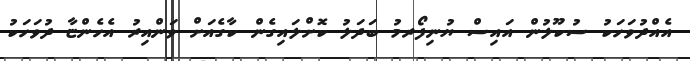
އެއްދުވަހަކު ސުކޫލުން އައިސް ޔުނިފޯރމު ބަދަލު ކޮށްލައިގެން ކާގެއަށް ވަންއިރު އެހެންޏާ ދުވަހަކު